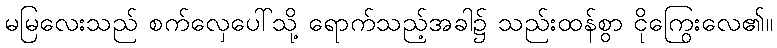
မမြလေးသည် စက်လှေပေါ်သို့ ရောက်သည့်အခါ၌ သည်းထန်စွာ ငိုကြွေးလေ၏။